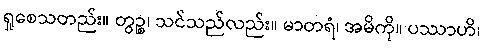
ရှုစေသတည်း။ တွဉ္စ၊ သင်သည်လည်း။ မာတရံ၊ အမိကို။ ပဿာဟိ၊